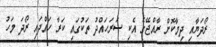
ރޯދަޔާއި ދިމާކޮށް ރާއްޖޭގެ އެކި ސަރަހައްދު ތަކުގައި ކަރާ ހައްދައި ރޯދަ މަހު